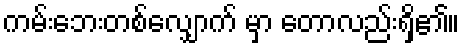
ကမ်းဘေးတစ်လျှောက် မှာ တောလည်းရှိ၏။